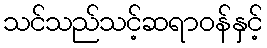
သင်သည်သင့်ဆရာဝန်နှင့်